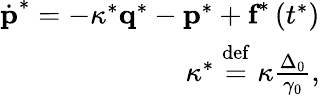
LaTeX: \begin{array}{r}{\dot{\textbf{p}}^{*}=-\kappa^{*}\textbf{q}^{*}-\textbf{p}^{*}+\textbf{f}^{*}\left(t^{*}\right)}\\ {\kappa^{*}\stackrel{\mathrm{def}}{=}\kappa\frac{\Delta_{0}}{\gamma_{0}},}\end{array}